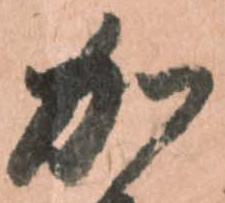
加